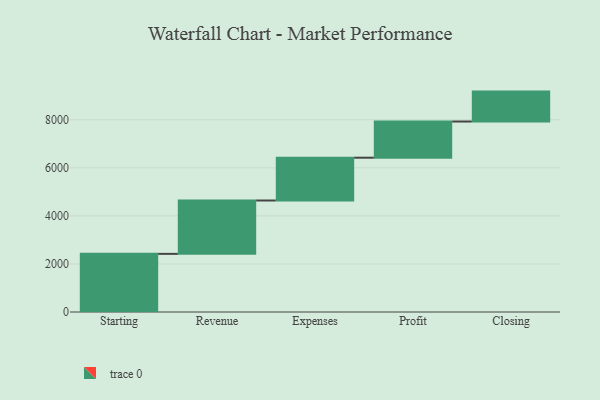
{"axis": {"x": "Step", "y": "Value"}, "legend": [""], "data": [{"x": "Starting", "y": 2419.0, "type": ""}, {"x": "Revenue", "y": 2220.0, "type": ""}, {"x": "Expenses", "y": 1781.0, "type": ""}, {"x": "Profit", "y": 1505.0, "type": ""}, {"x": "Closing", "y": 1245.0, "type": ""}]}